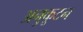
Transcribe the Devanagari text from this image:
अनुकूटन